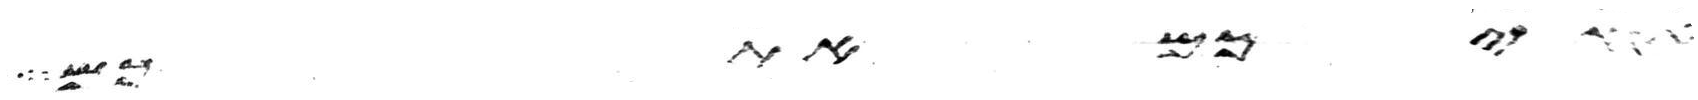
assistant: איביכם אז תשבת